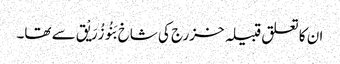
ان کا تعلق قبیلہ خزرج کی شاخ بَنُو زُرَیْق سے تھا۔